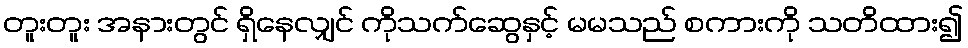
တူးတူး အနားတွင် ရှိနေလျှင် ကိုသက်ဆွေနှင့် မမသည် စကားကို သတိထား၍